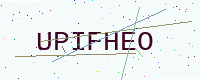
Text: UPIFHEO